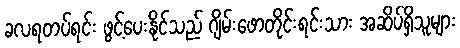
ခလရတပ်ရင်း ဖွင့်ပေးနိုင်သည် ဂျိမ်းဖောတိုင်းရင်းသား အဆိပ်ရှိသူများ